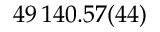
4 9 \, 1 4 0 . 5 7 ( 4 4 )